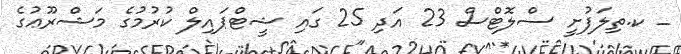
_ ކ.ތިލަފުށީ ސްލޮޓްސް 23 އަދި 25 ގައި ޝީޓްޕައިލް ކުރުމުގެ މަޝްރޫޢުގެ